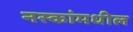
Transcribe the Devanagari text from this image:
नस्कांमधील